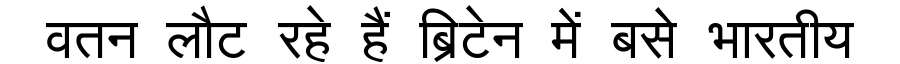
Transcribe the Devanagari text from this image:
वतन लौट रहे हैं ब्रिटेन में बसे भारतीय